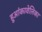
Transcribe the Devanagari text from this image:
हुआंकावेलिका